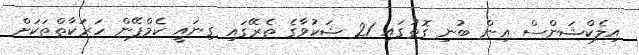
އިލެކްޝަންސް އިން ބުނި ގޮތުގައި 21 ޝަކުވާގެ ތެރޭގައި ގިނައީ ކެމްޕޭން ހަރަކާތްތަކަށް